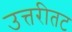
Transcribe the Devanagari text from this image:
उत्तरीतट